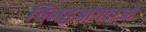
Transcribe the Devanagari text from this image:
चिनहुआंगदाओ